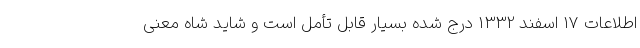
اطلاعات 17 اسفند 1332 درج شده بسیار قابل تأمل است و شاید شاه معنی